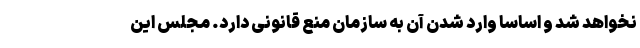
نخواهد شد و اساسا وارد شدن آن به سازمان منع قانونی دارد. مجلس این